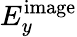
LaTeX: E_{y}^{\mathrm}